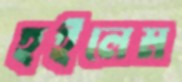
হইলেম